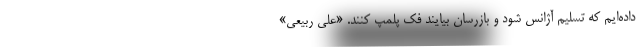
داده‌ایم که تسلیم آژانس شود و بازرسان بیایند فک پلمپ کنند. «علی ربیعی»